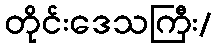
တိုင်းဒေသကြီး/